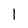
Character: 1